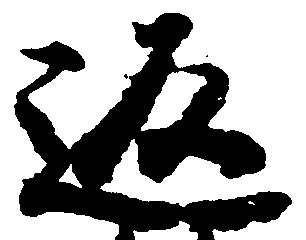
返